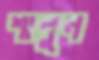
শানুন